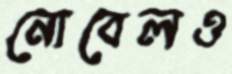
নোবেলও